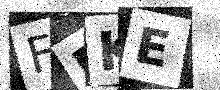
Text: FDKE